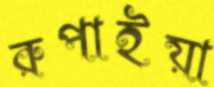
রুপাইয়া